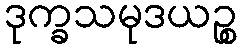
ဒုက္ခသမုဒယဉ္စ